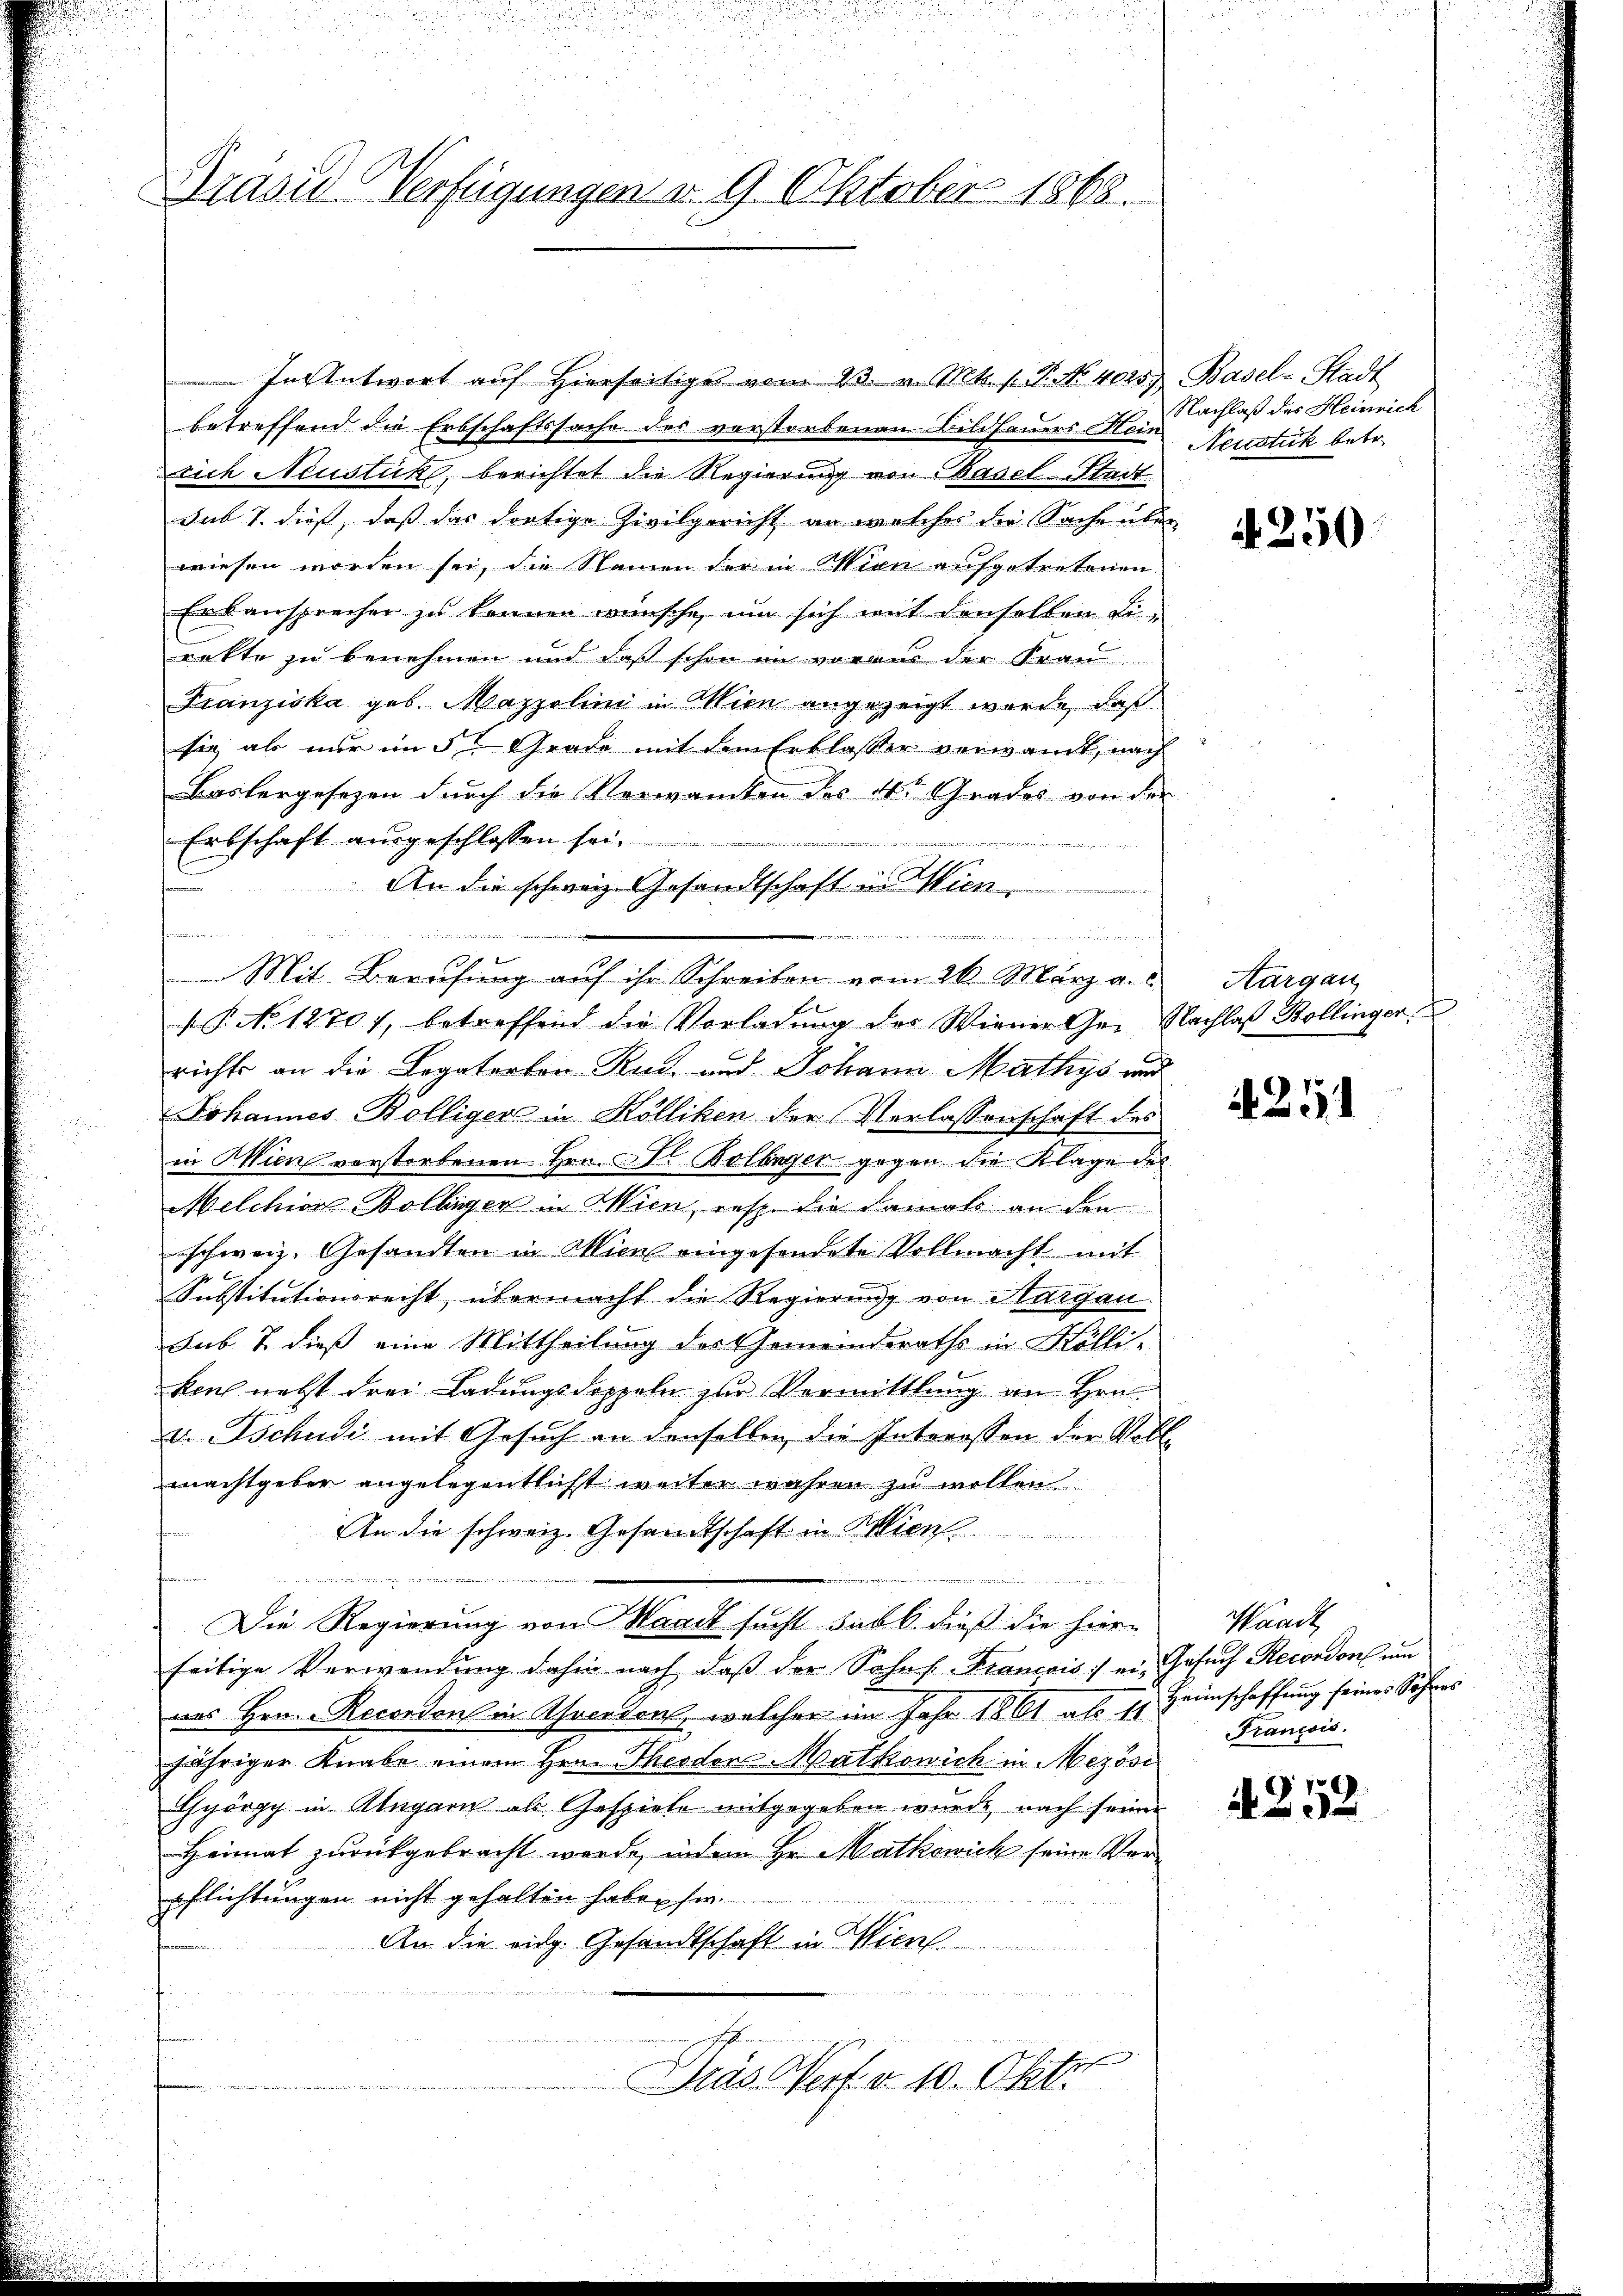
Präsid Verfügungen d. 9. Oktober 1868.

In Antwort aŭf hierseitige vom 23. v. Mts. 1. P. Nr. 4025) Basel-Stadt
betreffend die Erbschaftssache des verstorbenen Bildhauers Hein
rich Neustücke, berichtet die Regierung von Basel-Stadt
sub 7. dieß, daß das dortige Zivilgericht an welcher die Sache über
wiesen worden sei, die Steinen der in Wien aufgetretenen
Erbansprecher zu können wünsche, um sich mit denselben Eirekte zu benehmen und daß schon in voraus der Fran
Franziska geb. Mazzelini in Wien angezeigt wurde, daß
sie als nur im 5ten Grade mit dem Erblasser verwandt, nach
Baslergesezen durch die Verwanten des 4t Grades von der
Erbschaft ausgeschlossen sei.
un
An die schweiz. Gesandtschaft in Wien.
f
Mit Berufung aŭf ihr Schreiben vom 26. März a. c.
 P. No 1270), betreffend die Vorladung der Wiener Gr. Nachlaß Bollinger
richts an die Legatarten Rud. und Johann Mathys und
Johannes Bölliger in Kölliken der Verlassenschaft des
in Wien verstorbenen Hrn. Al Bolleger gegen die Klage des
Melchion Bolbiger in Wien, resp. die damals an den
schweiz. Gesandten in Wien eingesendete Vollmacht mit
Substitutionsrecht übermacht die Regierung von Margau
Sub. & dieß eine Mittheilung des Gemeindsraths in Kölli-
kaul nebst drei Ladungsdoppeln zur Vermittlung an Hrn.
v. Tschudi mit Gesuch an denselben die Interessen der Voll-
machtgeber angelegentlicht weiter wahren zu wollen
An die schweiz. Gesandtschaft in Wien.
dee der Wird die
Die Regierung von Waadt sucht sub b. dieß die hier-
seitige Verwendung dahin nach daß der Sohnf. Francois :/ er, Gesuch Recordon um
ans Hrn. Recordons in Yverdon, welcher im Jahr 1861 als es Heimschaffung seines Sohres
jähriger Knabe einem Hrn. Theodore Matkowich in Mezösi
Györpp in Alegarn als Gespiele mitgegeben wurde nach seiner
Heimat zurückgebracht werde, indem Hr. Mathewich seine Verpflichtungen nicht gehalten habe, sie
An die eidg. Gesandtschaft in Wien
Dras Verf. v. 10. Okto

Nachlaß des Heinrich
Neustük betr.

it 250

Aargau

if. 251

Waadt,
Francois.

A 252